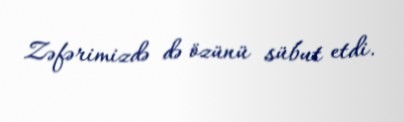
Zəfərimizdə də özünü sübut etdi.